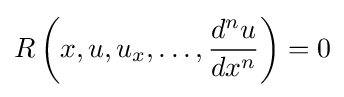
R\left(x,u,u_{x},\ldots ,{\frac {d^{n}u}{dx^{n}}}\right)=0